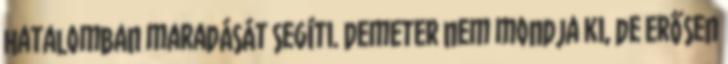
hatalomban maradását segíti. Demeter nem mondja ki, de erősen